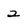
Character: 2